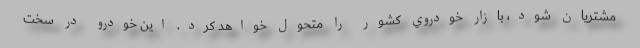
مشتریان شود، بازار خودروي كشور را متحول خواهد كرد. اين خودرو در سخت